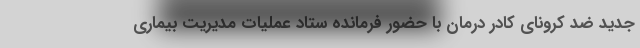
جدید ضد کرونای کادر درمان با حضور فرمانده ستاد عملیات مدیریت بیماری